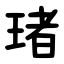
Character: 琽